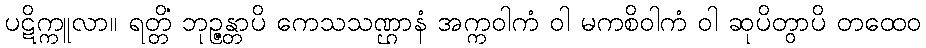
ပဋိက္ကူလာ။ ရတ္တိံ ဘုဉ္ဇန္တာပိ ကေသသဏ္ဌာနံ အက္ကဝါကံ ဝါ မကစိဝါကံ ဝါ ဆုပိတွာပိ တထေဝ